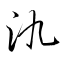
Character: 氿